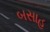
બસાહ